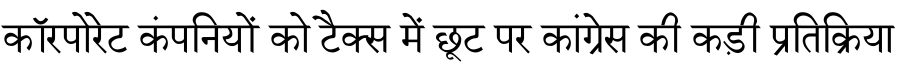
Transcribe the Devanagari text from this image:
कॉरपोरेट कंपनियों को टैक्स में छूट पर कांग्रेस की कड़ी प्रतिक्रिया